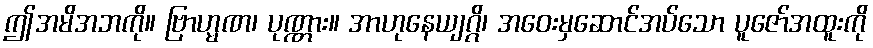
ဤအမိအဘကို။ ဗြာဟ္မဏ၊ ပုဏ္ဏား။ အာဟုနေယျဂ္ဂိ၊ အဝေးမှဆောင်အပ်သော ပူဇော်အထူးကို